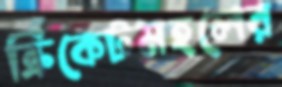
ক্রিকেটমহলের